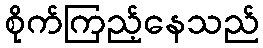
စိုက်ကြည့်နေသည်